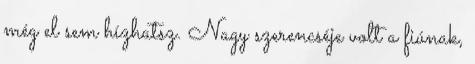
még el sem hízhatsz. Nagy szerencséje volt a fiúnak,